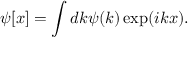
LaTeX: \psi [ x ] = \int d k \psi ( k ) \exp ( i k x ) .